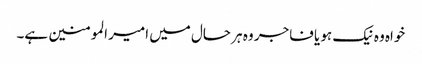
خواہ وہ نیک ہو یا فاجر وہ ہر حال میں امیر المومنین ہے۔